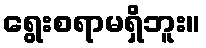
ရွေးစရာမရှိဘူး။